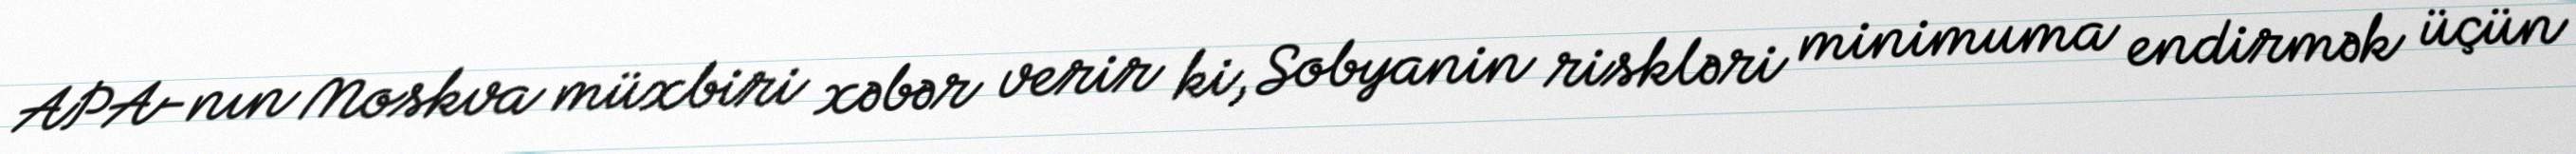
APA-nın Moskva müxbiri xəbər verir ki, Sobyanin riskləri minimuma endirmək üçün